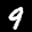
Label: 9